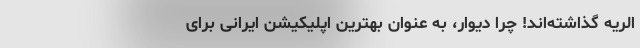
الریه گذاشته‌اند! چرا دیوار، به عنوان بهترین اپلیکیشن ایرانی برای